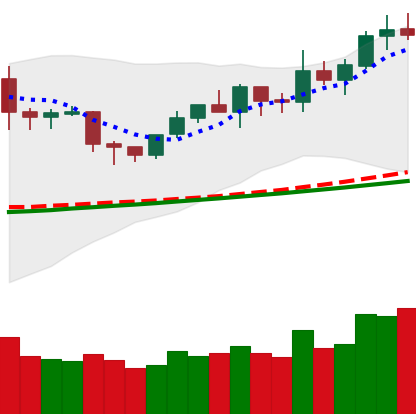
Ticker: NEO-USD
Chart end date: 2020-02-07
Forward return: 15.89%
Label: up_7plus